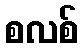
စလစ်